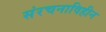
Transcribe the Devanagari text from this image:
संरचनाविहीन